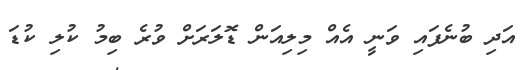
އަދި ބުނެފައި ވަނީ އެއް މިލިއަން ޑޮލަރަށް ވުރެ ބިމު ކުލި ކުޑަ